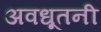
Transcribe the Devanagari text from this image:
अवधूतनी